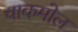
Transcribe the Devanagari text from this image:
चाकमोल